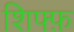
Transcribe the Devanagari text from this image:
शिफ्फ़